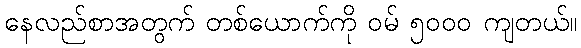
နေလည်စာအတွက် တစ်ယောက်ကို ဝမ် ၅၀၀၀ ကျတယ်။